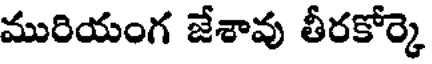
మురియంగ జేశావు తీరకోర్కె